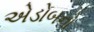
એડોબનો